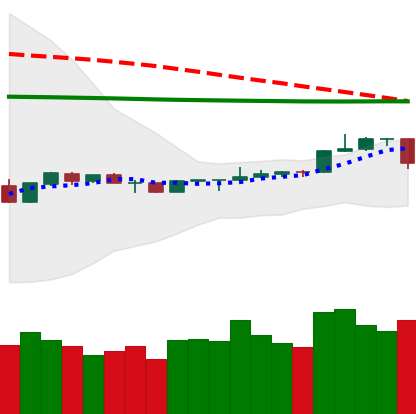
Ticker: LTC-USD
Chart end date: 2020-04-10
Forward return: -6.342%
Label: down_5_7